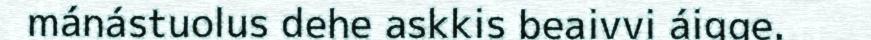
mánástuolus dehe askkis beaivvi áigge.